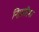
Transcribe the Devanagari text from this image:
निम्नसीमा